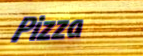
Pizza